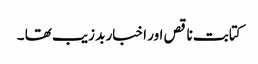
کتابت ناقص اور اخبار بد زیب تھا ۔